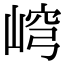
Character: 𡸕